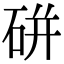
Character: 硑